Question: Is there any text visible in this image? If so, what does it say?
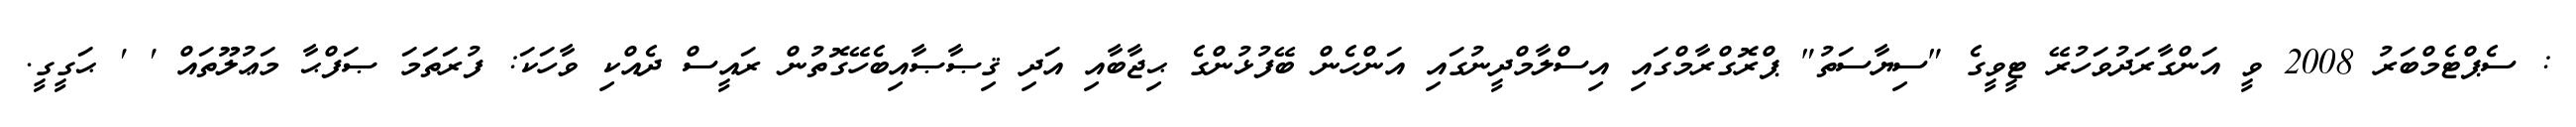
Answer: : ސެޕްޓެމްބަރު 2008 ވީ އަންގާރަދުވަހުރޭ ޓީވީގެ "ސިޔާސަތު" ޕްރޮގްރާމްގައި އިސްލާމްދީނުގައި އަންހެން ބޭފުޅުންގެ ޙިޖާބާއި އަދި ޤިޞާޞާއިބެހޭގޮތުން ރައީސް ދެއްކި ވާހަކަ: ފުރަތަމަ ޞަފްޙާ މަޢުލޫތައް ' ' ޙަގީގީ.